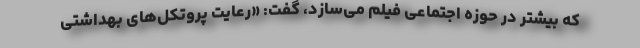
که بیشتر در حوزه اجتماعی فیلم می‌سازد، گفت: «رعایت پروتکل‌های بهداشتی